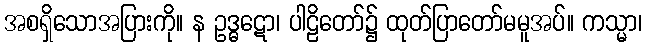
အစရှိသောအပြားကို။ န ဥဒ္ဓဋော၊ ပါဠိတော်၌ ထုတ်ပြာတော်မမူအပ်။ ကသ္မာ၊